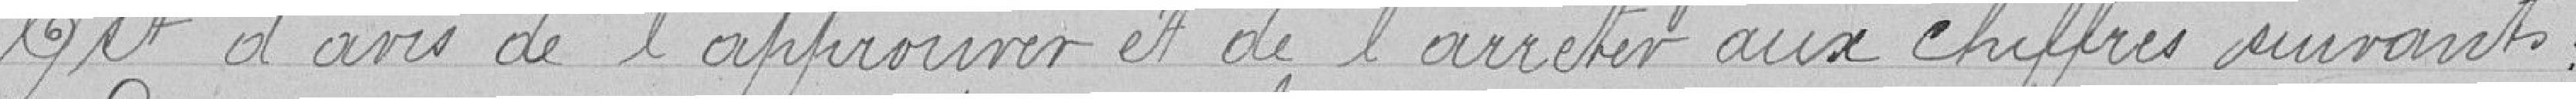
Est d'avis de l'approuver et de l'arrêter aux chiffres suivants :